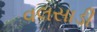
વલસાડી